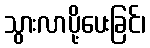
သွားလာပို့ပေးခြင်၊